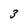
Character: 3